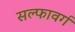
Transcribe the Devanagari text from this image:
सल्फावर्ग